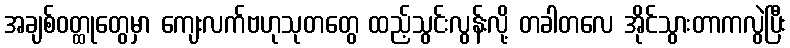
အချစ်ဝတ္ထုတွေမှာ ကျေးလက်ဗဟုသုတတွေ ထည့်သွင်းလွန်းလို့ တခါတလေ အိုင်သွားတာကလွဲပြီး